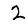
Digit: 2